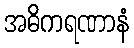
အဓိကရဏာနံ